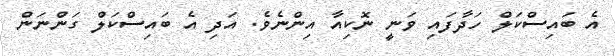
އެ ބައިސްކަލް ހަދާފައި ވަނީ ނޮކިއާ އިންނެވެ. އަދި އެ ބައިސްކަލް ގަންނަން